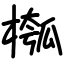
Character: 槬